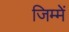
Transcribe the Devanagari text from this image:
जिम्‍में